画像に写った文字を読んでください
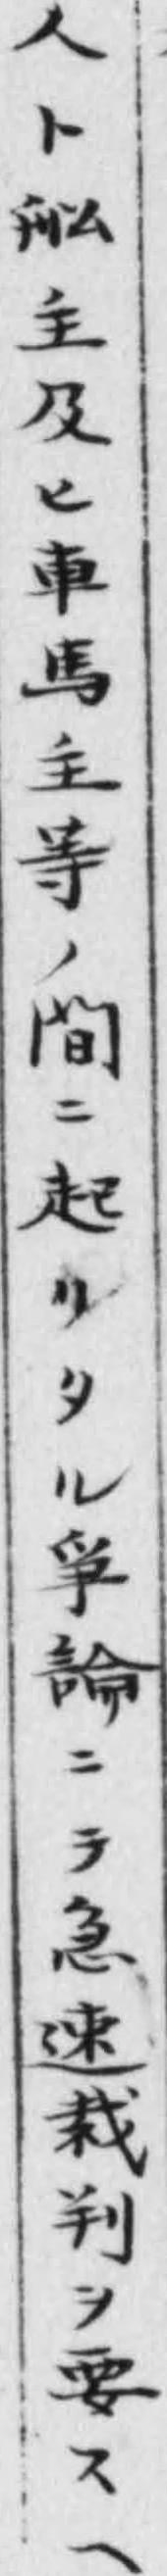
「人ト舩主及ヒ車馬主䒭ノ间ニ起リタル爭論ニテ急速栽判ヲ要スヘ」と書いてあります